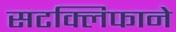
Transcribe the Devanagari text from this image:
सटक्लिफाने